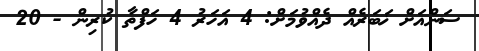
ސަންއަށް ޚަބަރެއް ދެއްވުމަށް: 4 އަހަރު 4 ހަފްތާ ކުރިން - 20